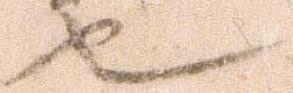
也